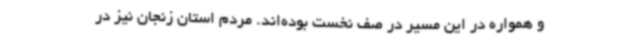
و همواره در این مسیر در صف نخست بوده‌اند. مردم استان زنجان نیز در